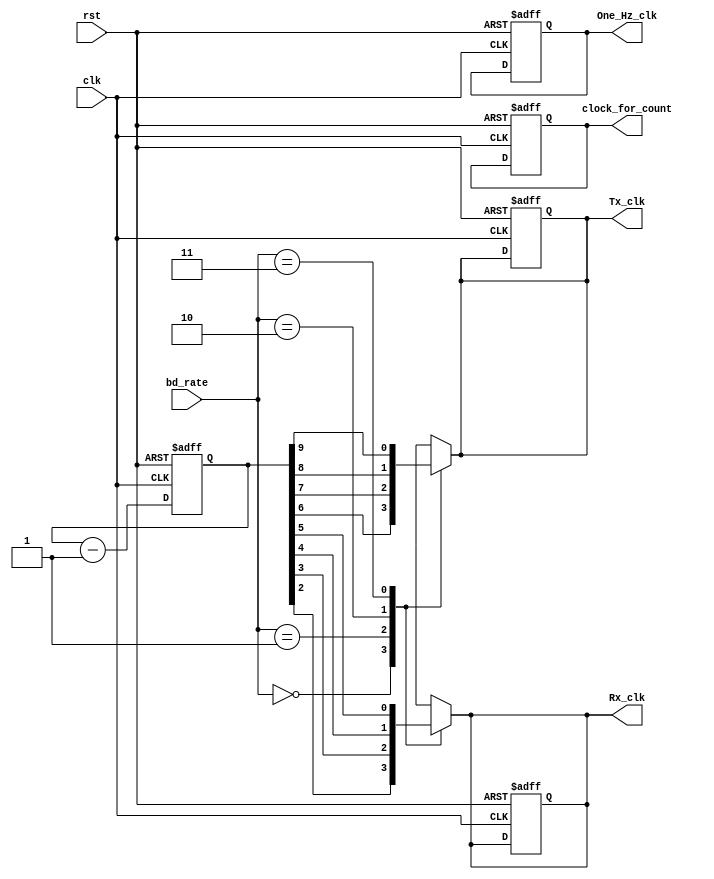
module frequency_divider(input clk,rst,input[1:0] bd_rate, 
output reg One_Hz_clk, Rx_clk,Tx_clk,clock_for_count);
  
reg[25:0] Q;
  
always @(posedge clk ,posedge rst)
begin
  begin	if(rst) 
	begin
	  
  One_Hz_clk<=0;
   Rx_clk<=0;
   Tx_clk<=0;
   clock_for_count<=0;
   Q<=26'b0;
 end
	else 
		Q<=Q-1'b1;
		

   end
end

always @(Q)
begin
 One_Hz_clk<=Q[25];   
 clock_for_count<=Q[10]; // any clk just for examine the digital clock
case (bd_rate)
  2'b00:
    begin
       Rx_clk<=Q[2]; // 10
       Tx_clk<=Q[6]; // 14
     end
  2'b01:
    begin
       Rx_clk<=Q[3]; //11
       Tx_clk<=Q[7]; //15
     end
  2'b10:
    begin
       Rx_clk<=Q[4]; //12
       Tx_clk<=Q[8]; //16
     end 
  2'b11:
    begin
       Rx_clk<=Q[5]; //13
       Tx_clk<=Q[9]; //17
     end
   endcase

 end
endmodule